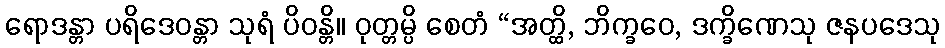
ရောဒန္တာ ပရိဒေဝန္တာ သုရံ ပိဝန္တိ။ ဝုတ္တမ္ပိ စေတံ “အတ္ထိ, ဘိက္ခဝေ, ဒက္ခိဏေသု ဇနပဒေသု